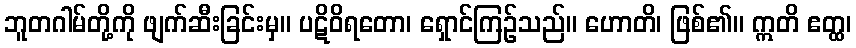
ဘူတဂါမ်တို့ကို ဖျက်ဆီးခြင်းမှ။ ပဋိဝိရတော၊ ရှောင်ကြဉ်သည်။ ဟောတိ၊ ဖြစ်၏။ ဣတိ ဧတ္ထ၊